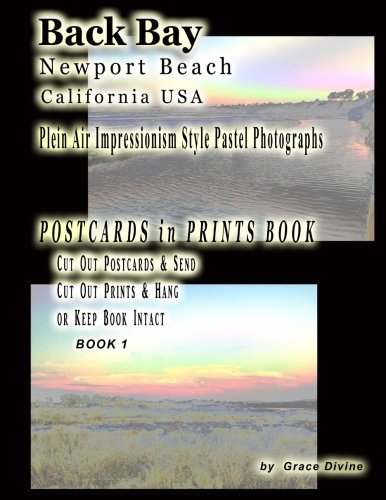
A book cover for Back Bay Newport Beach California USA Plein Air Impressionism Style Pastel Photographs POSTCARDS in PRINTS BOOK: Cut Out Postcards & Send Cut Out Prints & Hang or Keep Book Intact Book 1; Grace Divine; Travel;